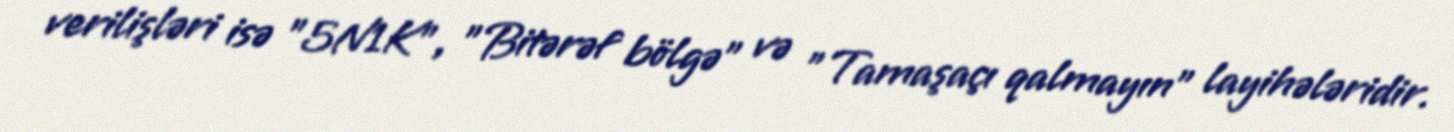
verilişləri isə "5N1K", "Bitərəf bölgə" və "Tamaşaçı qalmayın" layihələridir.